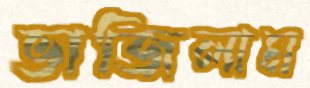
ভাজিলাম